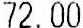
72.00